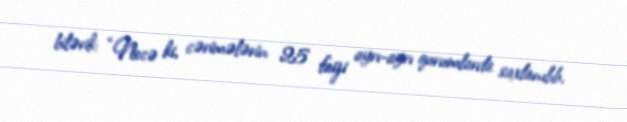
bilərik: “Necə ki, cərimələrin 25 faizi ayrı-ayrı qurumlarda saxlanılıb.